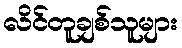
လိင်တူချစ်သူများ